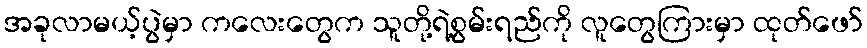
အခုလာမယ့်ပွဲမှာ ကလေးတွေက သူတို့ရဲ့စွမ်းရည်ကို လူတွေကြားမှာ ထုတ်ဖော်